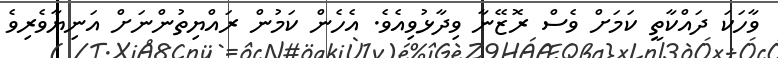
ވާހަކަ ދައްކާތީ ކަމަށް ވެސް ރޮޒޭނާ ވިދާޅުވިއެވެ. އެހެން ކަމުން ރައްޔިތުންނަށް އަނިޔާވެރިވެ